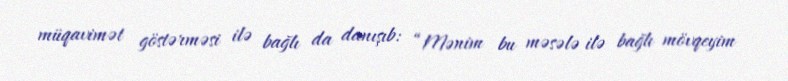
müqavimət göstərməsi ilə bağlı da danışıb: “Mənim bu məsələ ilə bağlı mövqeyim